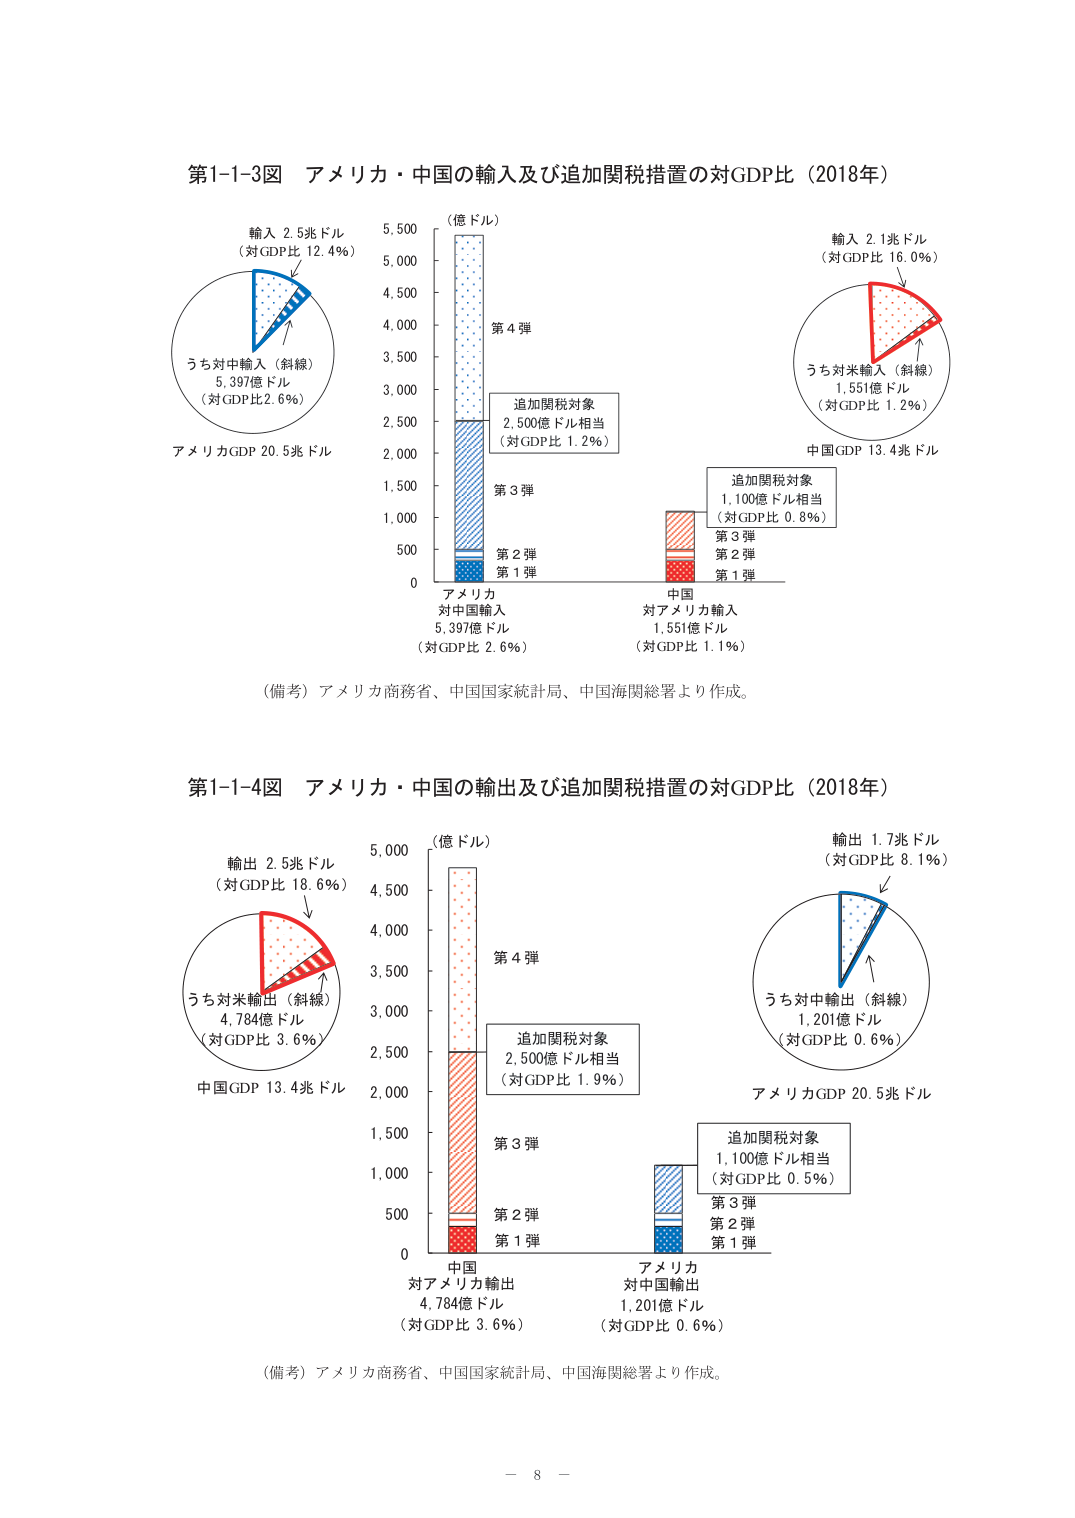
第1-1-3図 アメリカ・中国の輸入及び追加関税措置の対GDP比（2018年）

輸入 2.5兆ドル
（対GDP比 12.4％）

うち対中輸入（斜線）
5,397億ドル
（対GDP比 2.6％）

アメリカGDP 20.5兆ドル

（億ドル）
5,500
5,000
4,500
4,000
3,500
3,000
2,500
2,000
1,500
1,000
500
0

第4弾
第3弾
第2弾
第1弾

追加関税対象
2,500億ドル相当
（対GDP比 1.2％）

アメリカ
対中国輸入
5,397億ドル
（対GDP比 2.6％）

輸入 2.1兆ドル
（対GDP比 16.0％）

うち対米輸入（斜線）
1,551億ドル
（対GDP比 1.2％）

中国GDP 13.4兆ドル

追加関税対象
1,100億ドル相当
（対GDP比 0.8％）

第3弾
第2弾
第1弾

中国
対アメリカ輸入
1,551億ドル
（対GDP比 1.1％）

（備考）アメリカ商務省、中国国家統計局、中国海関総署より作成。

第1-1-4図 アメリカ・中国の輸出及び追加関税措置の対GDP比（2018年）

輸出 2.5兆ドル
（対GDP比 18.6％）

うち対米輸出（斜線）
4,784億ドル
（対GDP比 3.6％）

中国GDP 13.4兆ドル

（億ドル）
5,000
4,500
4,000
3,500
3,000
2,500
2,000
1,500
1,000
500
0

第4弾
第3弾
第2弾
第1弾

追加関税対象
2,500億ドル相当
（対GDP比 1.9％）

中国
対アメリカ輸出
4,784億ドル
（対GDP比 3.6％）

輸出 1.7兆ドル
（対GDP比 8.1％）

うち対中輸出（斜線）
1,201億ドル
（対GDP比 0.6％）

アメリカGDP 20.5兆ドル

追加関税対象
1,100億ドル相当
（対GDP比 0.5％）

第3弾
第2弾
第1弾

アメリカ
対中国輸出
1,201億ドル
（対GDP比 0.6％）

（備考）アメリカ商務省、中国国家統計局、中国海関総署より作成。

－ 8 －